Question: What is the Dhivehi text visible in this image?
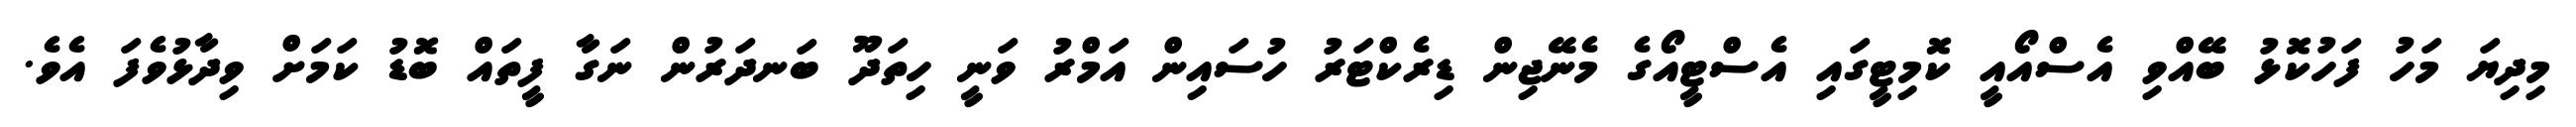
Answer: މިދިޔަ މަހު ފަހުކޮޅު ބޭއްވި އެސްއޯއީ ކޮމިޓީގައި އެސްޓީއޯގެ މެނޭޖިން ޑިރެކްޓަރު ހުސައިން އަމްރު ވަނީ ހިތަދޫ ބަނދަރުން ނަގާ ފީތައް ބޮޑު ކަމަށް ވިދާޅުވެފަ އެވެ.